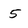
Character: 5